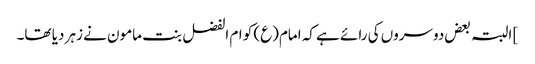
] البتہ بعض دوسروں کی رائے ہے کہ امام(ع) کو ام الفضل بنت مامون نے زہر دیا تھا۔